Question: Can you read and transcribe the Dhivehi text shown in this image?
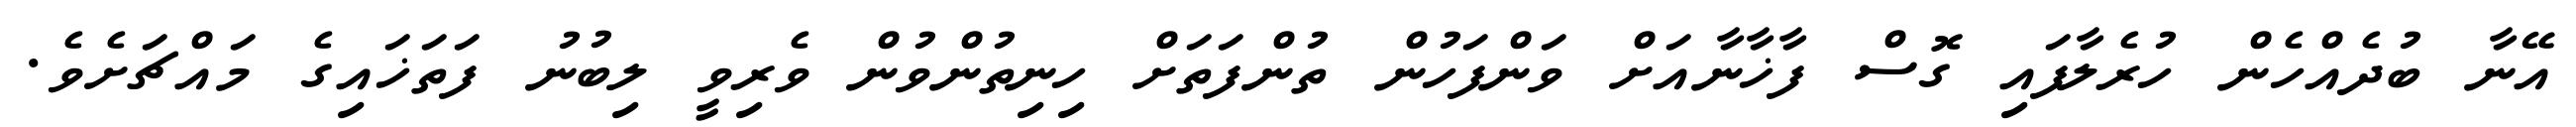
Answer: އޭނާ ބުދެއްހެން ހުރެލާފައި ގޮސް ފާޚާނާއަށް ވަންފަހުން ތުންފަތަށް ހިނިތުންވުން ވެރިވީ ލިބުނު ފަތަޚައިގެ މައްޗަށެވެ.